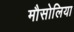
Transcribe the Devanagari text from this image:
मौसोलिया